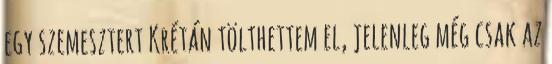
egy szemesztert Krétán tölthettem el, jelenleg még csak az